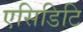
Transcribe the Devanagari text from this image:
एसिडिटि